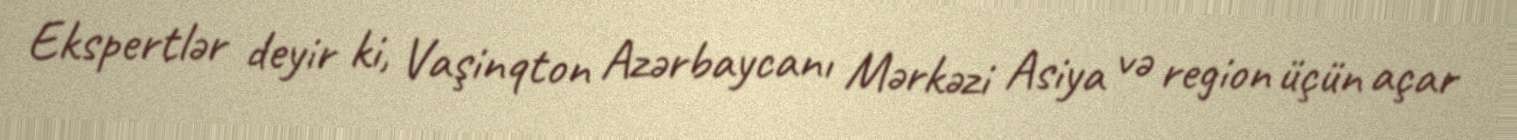
Ekspertlər deyir ki, Vaşinqton Azərbaycanı Mərkəzi Asiya və region üçün açar